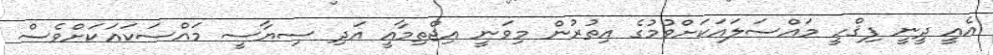
އެއީ ދީނީ ފިޤްހީ މައްސަލައަކަށްވުމުގެ އިތުރުން މިވަނީ އިޖްތިމާޢީ އަދި ސިޔާސީ މައްސަކައަކަށްވެސް